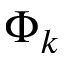
\Phi _ { k }